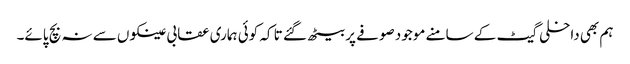
ہم بھی داخلی گیٹ کے سامنے موجود صوفے پر بیٹھ گئے تا کہ کوئی ہماری عقابی عینکوں سے نہ بچ پائے۔